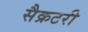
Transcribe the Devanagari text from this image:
सैक्रटरी